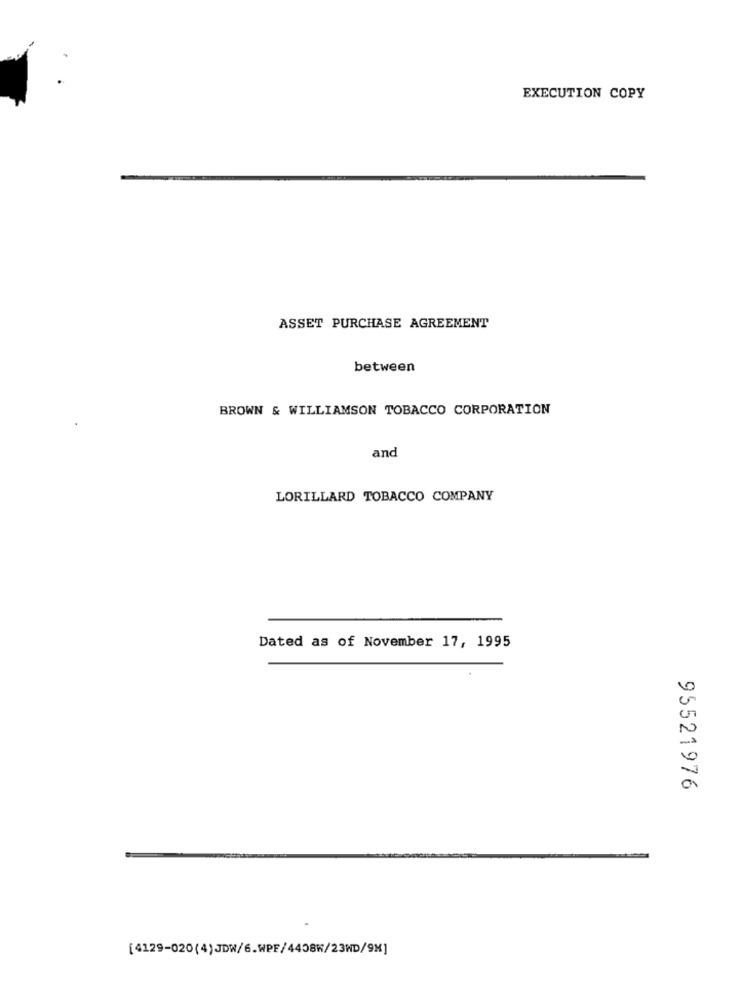
EXECUTION COPY
ASSET PURCHASE AGREEMENT
between
BROWN & WILLIAMSON TOBACCO CORPORATION
and
LORILLARD TOBACCO COMPANY
Dated as of November 17, 1995
95521976
[4129-020(4)JDW/6.WPF/4408W/23WD/9M]